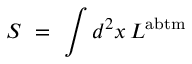
S ~ = ~ \int d ^ { 2 } x \, L ^ { \mathrm { \footnotesize { a b t m } } }